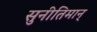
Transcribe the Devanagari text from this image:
सुनीतिमान्‌